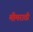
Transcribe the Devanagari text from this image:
मीमराठी